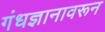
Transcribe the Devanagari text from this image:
गंधज्ञानावरून